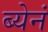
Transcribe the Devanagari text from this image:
ब्येनं